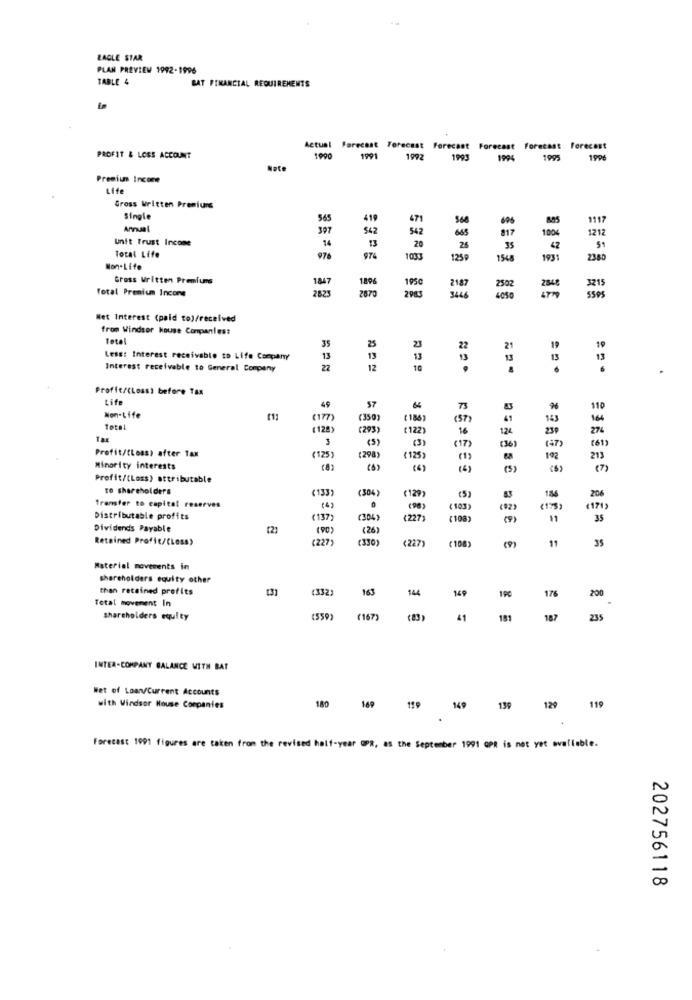
EAGLE STAR
PLAN PREVIEW 1992-1996
TABLE 4
BAT FINANCIAL REQUIREMENTS
Actual
Forecast Forecast Forecast Forecast Forecast forecast
PROFIT & LOSS ACCOUNT
1990
1991
1992
1993
1994
1995
1996
Note
Premium Income
Life
Gross Written Premiuns
Single
565
419
471
See
1117
Annual
307
542
542
817
1212
Unit Trust Income
100
Total Life
14
13
20
26
35
976
974
103:
125
1548
1931
2380
Non-Life
Gross Written Premiums
1847
1896
Total Premium Incons
2825
195€
2187
2870
2983
346
Net Interest (paid to)/received
from Windsor House Conpanles:
foto
35
25
23
21
19
Less: Interest receivable to Life Company
13
13
13
13
13
13
Interest receivable to General Company
22
12
10
.
Profit/(Loss) before Tax
Life
49
57
Non-Life
(177)
(350
( 186)
(57
tete!
(128)
(293)
(122)
16
124
230
TaE
3
(5)
(3)
(17)
(61)
Profit/(Loss) after Tax
(36)
(47)
(125)
(298)
(125)
(1)
198
213
Minority interests
(8)
(6)
(4)
(6)
(5)
(6)
(7)
Profit/(Loss) attributable
to shareholders
(133)
(304)
(129)
(5)
184
206
Transfer to capital reserves
0
(103)
(92)
(1/3)
€171)
Distributable profits
(137)
(304)
€227)
(108)
(7)
11
35
Dividends Payable
(90)
(26)
Retained Profic/CLoss)
(227)
330)
(227)
(108
11
35
Material movements in
shareholders equity other
than retained profits
(332)
163
144
169
190
176
Total movement In
200
Shareholders equity
(559)
(167)
41
181
187
235
INTER-COMPANY BALANCE WITH BAT
Wet of Loan/Current Accounts
180
149
119
with Windsor Mouse Companies
11₽
149
139
129
.
Forecast 1991 figures are taken from the revised half-year OPR, as the September 1991 OPR is not yet avaliable.
202756118